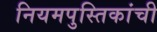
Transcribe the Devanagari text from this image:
नियमपुस्तिकांची